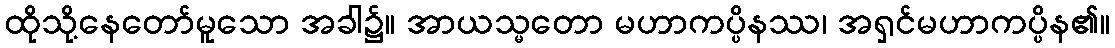
ထိုသို့နေတော်မူသော အခါ၌။ အာယသ္မတော မဟာကပ္ပိနဿ၊ အရှင်မဟာကပ္ပိန၏။